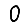
Digit: 0